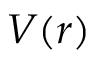
V ( r )